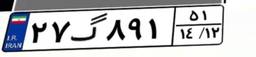
۲۷گ۸۹۱۵۱